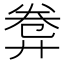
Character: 𢍕